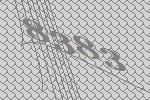
8383